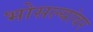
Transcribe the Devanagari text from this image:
भोसल्यांवर